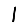
Digit: 1